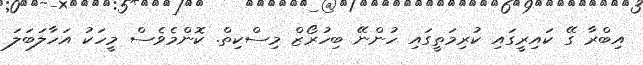
އިބްރާ ގޭ ކައިރީގައި ކުރިމަތީގައި ހުންނޭ ބިހުރޯޒް މިސްކިތް. ކޮންމެވެސް މީހަކު އަހާލަބަލަ